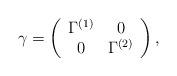
LaTeX: \begin{align*}\gamma = \left( \begin{array}{cc}\Gamma^{(1)} & 0 \\0 & \Gamma^{(2)}\end{array} \right), \end{align*}